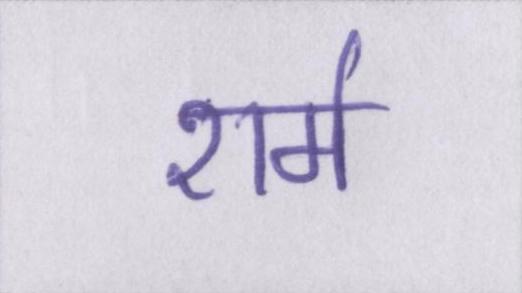
शर्म